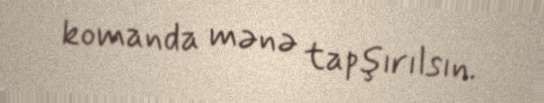
komanda mənə tapşırılsın.